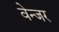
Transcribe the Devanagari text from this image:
वेन्जर